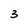
Character: 3